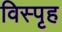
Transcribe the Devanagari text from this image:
विस्पृह